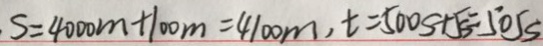
S = 4 0 0 0 m + 1 0 0 m = 4 1 0 0 m , t = 5 0 0 s + 5 s = 5 0 5 s